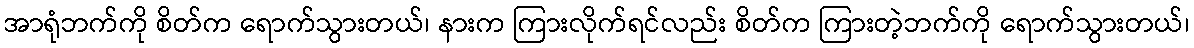
အာရုံဘက်ကို စိတ်က ရောက်သွားတယ်၊ နားက ကြားလိုက်ရင်လည်း စိတ်က ကြားတဲ့ဘက်ကို ရောက်သွားတယ်၊